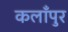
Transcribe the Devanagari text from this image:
कलाँपुर